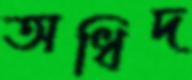
অধিদ